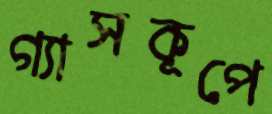
গ্যাসকূপে